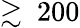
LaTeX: \gtrsim~200